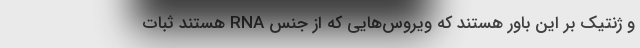
و ژنتیک بر این باور هستند که ویروس‌هایی که از جنس RNA هستند ثبات